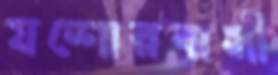
যশোরবাসী